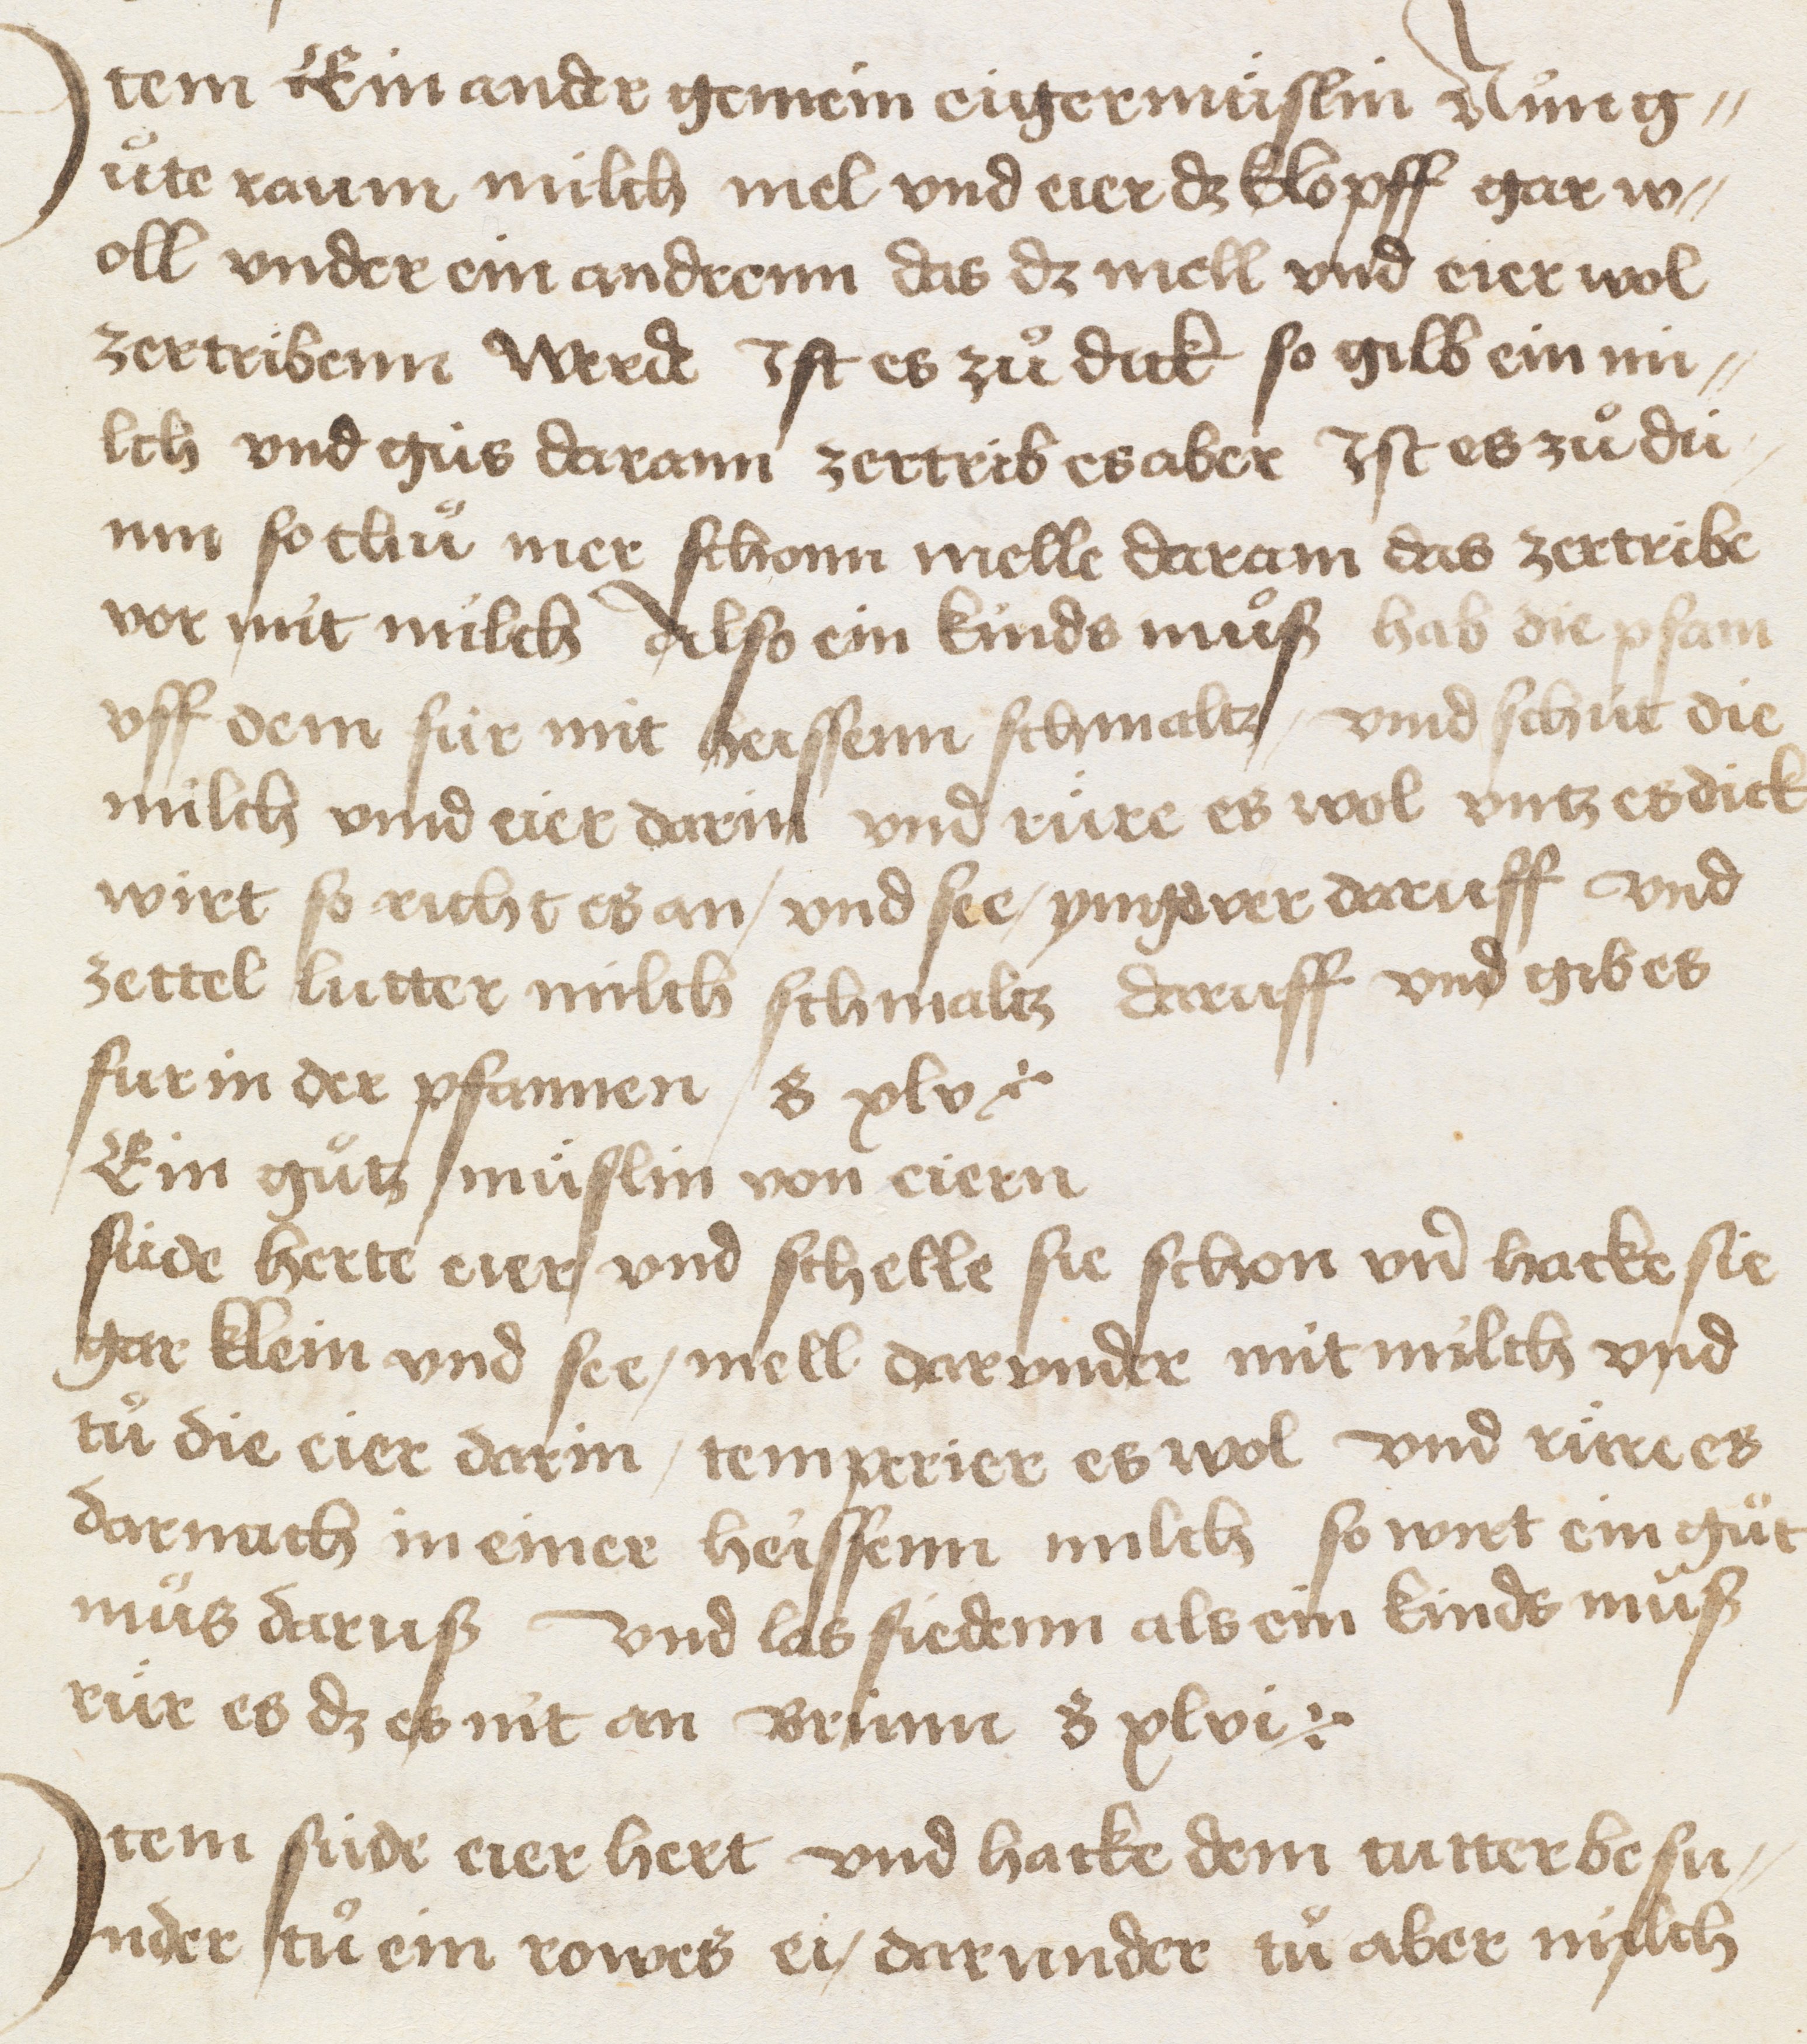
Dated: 1450–1499